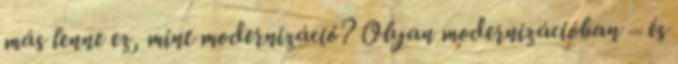
más lenne ez, mint modernizáció? Olyan modernizációban – és